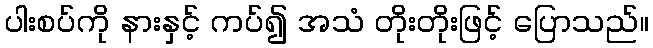
ပါးစပ်ကို နားနှင့် ကပ်၍ အသံ တိုးတိုးဖြင့် ပြောသည်။